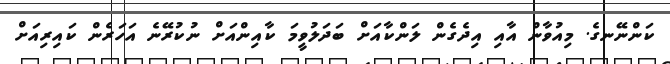
ކަންނޭނގެ. މިއުވާން އާއި އިދެގެން ލަންކާއަށް ބަދަލުވީމަ ކާއިންއަށް ނުކުރޭނެ އަހަރެން ކައިރިއަށް